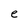
Character: e